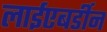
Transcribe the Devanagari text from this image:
लाईएबर्डीन